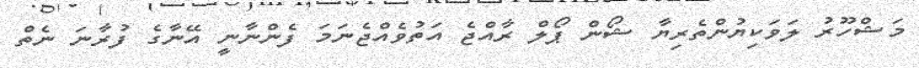
މަޝްހޫރު ލަވަކިޔުންތެރިޔާ ޝޯން ޕޯލް ރާއްޖެ އަތުވެއްޖެނަމަ ފެންނާނީ އޭނާގެ ފުރާނަ ނެތް